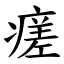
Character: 瘥